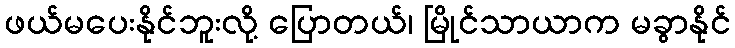
ဖယ်မပေးနိုင်ဘူးလို့ ပြောတယ်၊ မြိုင်သာယာက မခွာနိုင်